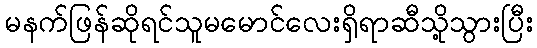
မနက်ဖြန်ဆိုရင်သူမမောင်လေးရှိရာဆီသို့သွားပြီး